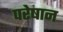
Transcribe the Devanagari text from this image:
परेषान